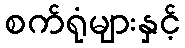
စက်ရုံများနှင့်